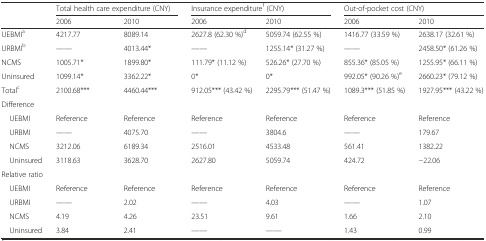
<table><thead><tr><td></td><td colspan="2"><b>Total health care expenditure (CNY)</b></td><td colspan="2"><b>Insurance expenditure<sup>f</sup> (CNY)</b></td><td colspan="2"><b>Out-of-pocket cost (CNY)</b></td></tr><tr><td></td><td><b>2006</b></td><td><b>2010</b></td><td><b>2006</b></td><td><b>2010</b></td><td><b>2006</b></td><td><b>2010</b></td></tr></thead><tbody><tr><td>UEBMI<sup>a</sup></td><td>4217.77</td><td>8089.14</td><td>2627.8 (62.30 %)<sup>d</sup></td><td>5059.74 (62.55 %)</td><td>1416.77 (33.59 %)</td><td>2638.17 (32.61 %)</td></tr><tr><td>URBMI<sup>b</sup></td><td>——</td><td>4013.44*</td><td>——</td><td>1255.14* (31.27 %)</td><td>——</td><td>2458.50* (61.26 %)</td></tr><tr><td>NCMS</td><td>1005.71*</td><td>1899.80*</td><td>111.79* (11.12 %)</td><td>526.26* (27.70 %)</td><td>855.36* (85.05 %)</td><td>1255.95* (66.11 %)</td></tr><tr><td>Uninsured</td><td>1099.14*</td><td>3362.22*</td><td>0*</td><td>0*</td><td>992.05* (90.26 %)<sup>e</sup></td><td>2660.23* (79.12 %)</td></tr><tr><td>Total<sup>c</sup></td><td>2100.68***</td><td>4460.44***</td><td>912.05*** (43.42 %)</td><td>2295.79*** (51.47 %)</td><td>1089.3*** (51.85 %)</td><td>1927.95*** (43.22 %)</td></tr><tr><td>Difference</td><td></td><td></td><td></td><td></td><td></td><td></td></tr><tr><td> UEBMI</td><td>Reference</td><td>Reference</td><td>Reference</td><td>Reference</td><td>Reference</td><td>Reference</td></tr><tr><td> URBMI</td><td>——</td><td>4075.70</td><td>——</td><td>3804.6</td><td>——</td><td>179.67</td></tr><tr><td> NCMS</td><td>3212.06</td><td>6189.34</td><td>2516.01</td><td>4533.48</td><td>561.41</td><td>1382.22</td></tr><tr><td> Uninsured</td><td>3118.63</td><td>3628.70</td><td>2627.80</td><td>5059.74</td><td>424.72</td><td>−22.06</td></tr><tr><td>Relative ratio</td><td></td><td></td><td></td><td></td><td></td><td></td></tr><tr><td> UEBMI</td><td>Reference</td><td>Reference</td><td>Reference</td><td>Reference</td><td>Reference</td><td>Reference</td></tr><tr><td> URBMI</td><td>——</td><td>2.02</td><td>——</td><td>4.03</td><td>——</td><td>1.07</td></tr><tr><td> NCMS</td><td>4.19</td><td>4.26</td><td>23.51</td><td>9.61</td><td>1.66</td><td>2.10</td></tr><tr><td> Uninsured</td><td>3.84</td><td>2.41</td><td>——</td><td>——</td><td>1.43</td><td>0.99</td></tr></tbody></table>